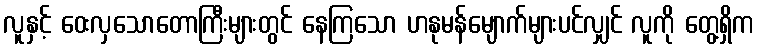
လူနှင့် ဝေးလှသောတောကြီးများတွင် နေကြသော ဟနုမန်မျောက်များပင်လျှင် လူကို တွေ့ရှိက